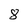
Character: 8